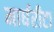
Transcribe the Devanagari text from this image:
मार्घरीटा